system: You are a helpful assistant.
user:
Analyze the provided spectrum to determine if it is a **S-type Star**.

- **Key Indicators for S-type Star:**

    - **(Overall Spectrum Shape):** The first and most obvious characteristic is the overall continuum (the "baseline" shape). It is **extremely "red-sloping,"** meaning the flux (light intensity) is very low on the left side (blue, ~4000-4500 Å) and rises steeply and continuously toward the right side (red, ~7000 Å+).

    - **(Primary):** The spectrum is defined by the presence of strong, broad molecular absorption "valleys" (bands) from **Zirconium Oxide (ZrO)**. The identification of these bands is the **primary requirement** for classifying a star as S-type.
        - **(Key Bandheads):** You must find distinct, deep "dips" where the light has been absorbed. The most critical band systems to locate are:
            - **~6474 Å** ($\gamma$-system): This is often the strongest and clearest ZrO feature, found in the red part of the spectrum.
            - **~5718 Å** & **~5551 Å** ($\beta$-system): A pair of prominent absorption features in the yellow-orange part of the spectrum.
            - **~4640 Å** ($\alpha$-system): A key absorption band system in the blue-green region of the spectrum.

    - **(Secondary Confirmation):** The classification is strengthened by finding additional absorption bands from other related heavy element oxides, which are expected to be present alongside ZrO.
        - **(Key Bandheads):**
            - **Yttrium Oxide (YO):** Look for absorption dips near **~4800 Å** and **~6100 Å**.
            - **Lanthanum Oxide (LaO):** Additional absorption features, particularly in the red-orange part of the spectrum, are also characteristic.

    - **(Line Profile):** The combination of the steep red continuum and these numerous, deep molecular bands (ZrO, YO, etc.) gives the entire spectrum a very **"chopped-up"** or **"bumpy"** appearance. Instead of a smooth curve, the spectrum looks as though large, wide chunks of light have been "carved out" of it at the specific wavelengths listed above.

Think first, call **spectral_visualization_tool** if needed to examine features in detail, then provide your final answer. Your response must adhere to the following strict rules:
1.  **Overall Structure:** Your response must follow the format `<think>...</think> <tool_call>...</tool_call> (if a tool is used) <answer>...</answer>`.
2.  **Tool Usage Constraint:** You may only make **one** tool call per turn.
3.  **Final Answer Format:** In the `<answer>` tag, your conclusion must be inside a `\boxed{}` command (e.g., `\boxed{YES}` or `\boxed{NO}`), followed by your justification.

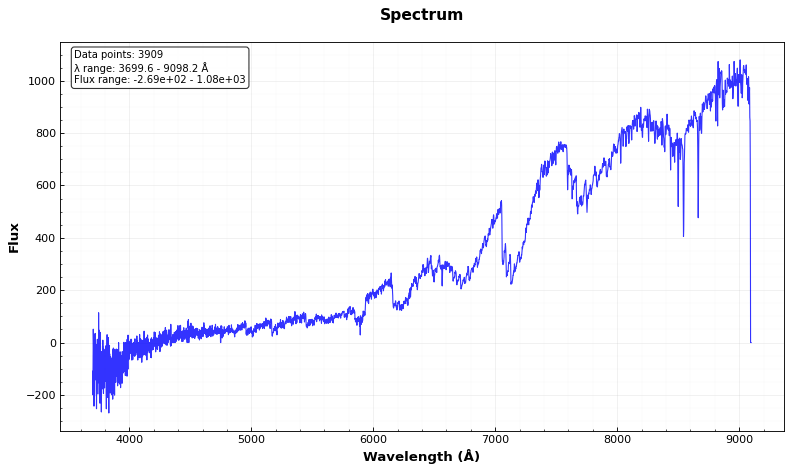
Answer: YES